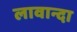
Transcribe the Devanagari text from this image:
लावान्दा